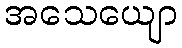
အသေယျော